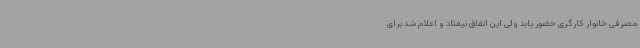
مصرفی خانوار کارگری حضور یابد ولی این اتفاق نیفتاد و اعلام شد برای